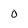
Character: 0